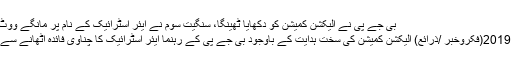
بی جے پی نے الیکشن کمیشن کو دکھایا ٹھینگا، سنگیت سوم نے ایئر اسٹرائیک کے نام پر مانگے ووٹ | FikroKhabar
نئی دہلی 18؍ مارچ 2019(فکروخبر /ذرائع) الیکشن کمیشن کی سخت ہدایت کے باوجود بی جے پی کے رہنما ایئر اسٹرائیک کا چناوی فائدہ اٹھانے سے باز نہیں آ رہے ہیں۔